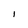
Character: I